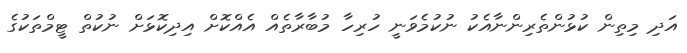
އަދި މިތިން ކުޅުންތެރިންނާއެކު ނުކުމެވަނީ ހުރިހާ މުބާރާތެއް އެއްކޮށް އިދިކޮޅަށް ނުކުތް ޓީމްތަކުގެ